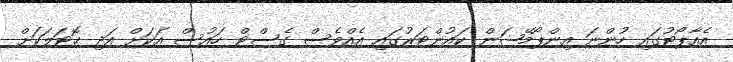
އެއާޕޯޓުގައި ހުންނަ އިންޕޯމޭޝަން ކައުންޓަރުގައި އެއްވެސް ގެސްޓް ހައުސް އަކަށް އަދި ހޮޓަލަކަށް